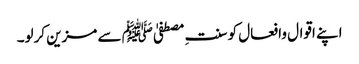
اپنے اقوال وافعال کو سنتِ مصطفیٰﷺ سے مزین کرلو۔